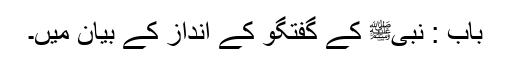
باب : نبیﷺ کے گفتگو کے انداز کے بیان میں۔